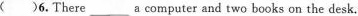
( )6.There___a computer and two books on the desk.